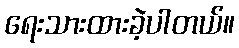
ရေးသားထားခဲ့ပါတယ်။